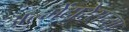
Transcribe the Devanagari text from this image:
अल्मेंदारेसच्या